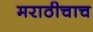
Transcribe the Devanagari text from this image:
मराठीचाच